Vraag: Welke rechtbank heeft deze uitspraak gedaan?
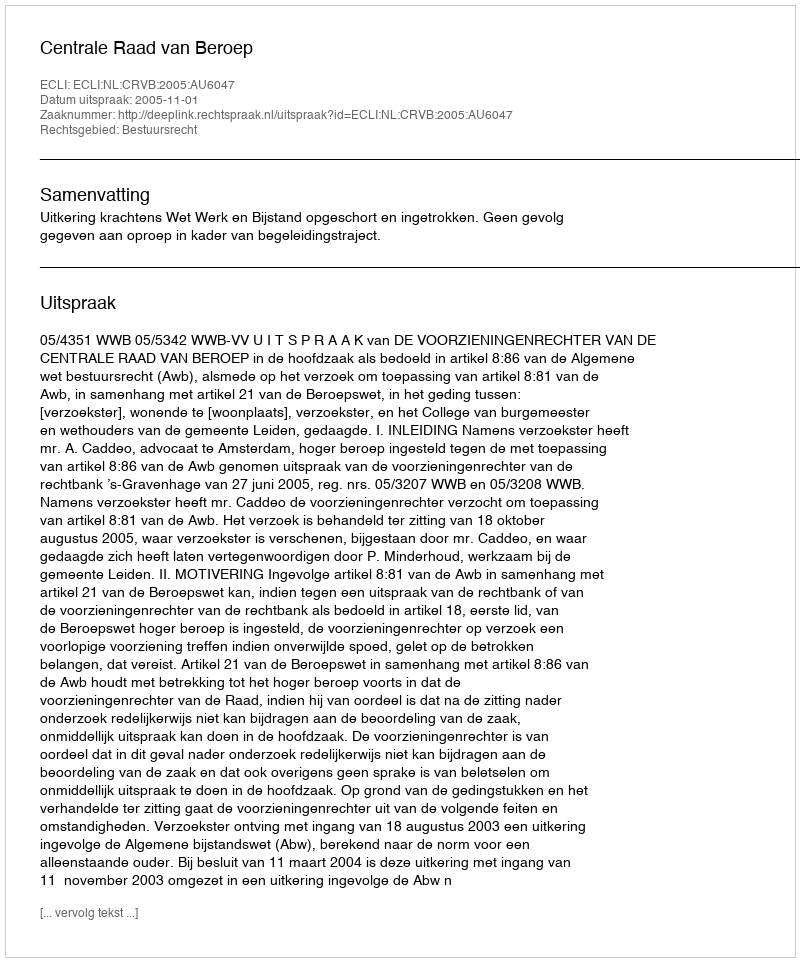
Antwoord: Centrale Raad van Beroep